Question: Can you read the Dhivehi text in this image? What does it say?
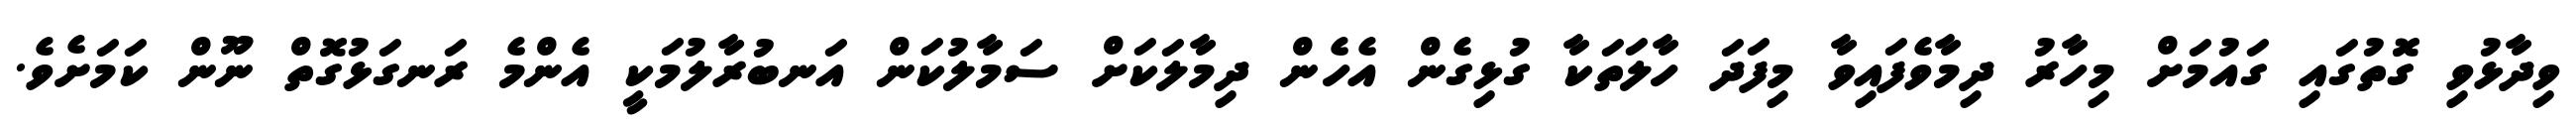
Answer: ވިދާޅުވި ގޮތުގައި ގައުމަށް މިހާރު ދިމާވެފައިވާ މިފަދަ ހާލަތަކާ ގުޅިގެން އެހެން ދިމާލަކަށް ސަމާލުކަން އަނބުރާލުމަކީ އެންމެ ރަނގަޅުގޮތް ނޫން ކަމަށެވެ.